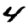
Digit: 4